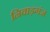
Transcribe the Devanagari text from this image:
निवाड़गंज